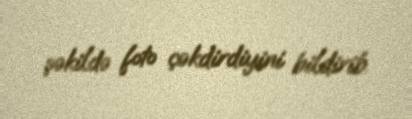
şəkildə foto çəkdirdiyini bildirib.